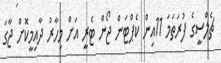
ޗެލްސީގެ ފުރަތަމަ 11އިން ކެޕްޓަން ޖޯން ޓެރީ އަށް މިހާރު ދާއިމީކޮށް ޖާގަ